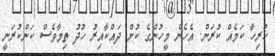
ހުރިހާ ކަމެއް ކުރަން. އެހެން މީހުންގެ ކުށް ދައްކާއިރު ހުދު ތިމާވެސް ކަންކުރަނީ